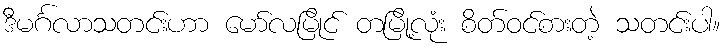
ဒီမင်္ဂလာသတင်းဟာ မော်လမြိုင် တမြို့လုံး စိတ်ဝင်စားတဲ့ သတင်းပါ။